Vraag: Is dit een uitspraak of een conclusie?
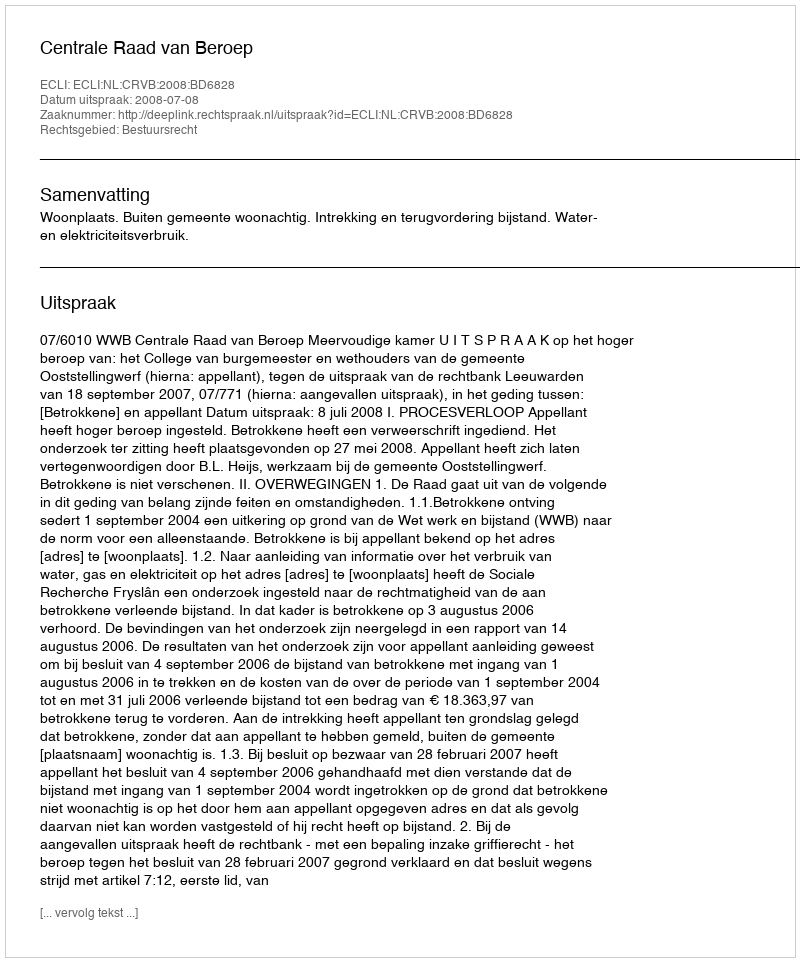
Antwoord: Uitspraak